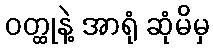
ဝတ္ထုနဲ့ အာရုံ ဆုံမိမှ